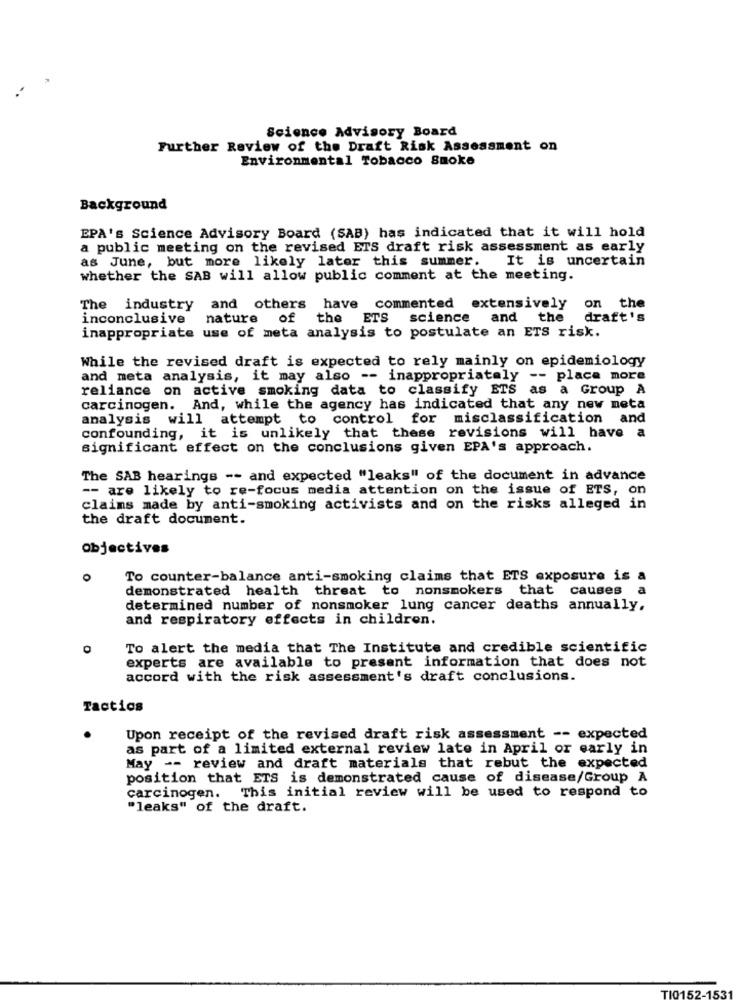
Science Advisory Board
Further Review of the Draft Risk Assessment on
Environmental Tobacco Smoke
Background
EPA's Science Advisory Board (SAB) has indicated that it will hold
a public meeting on the revised ETS draft risk assessment as early
as June, but more likely later this summer.
It is uncertain
whether the SAB will allow public comment at the meeting.
The industry
and others have
commented extensively
on the
inconclusive
nature
of the ETS science
and the
draft's
inappropriate use of meta analysis to postulate an ETS risk.
While the revised draft is expected to rely mainly on epidemiology
and meta analysis, it may also -- inappropriately -- placa more
reliance on active smoking data to classify ETS as a Group A
carcinogen. And, while the agency has indicated that any new neta
analysis will attempt to control for misclassification and
confounding, it is unlikely that these revisions will have a
significant effect on the conclusions given EPA's approach.
The SAB hearings -- and expected "leaks" of the document in advance
-- are likely to re-focus media attention on the issue of ETS, on
claims made by anti-smoking activists and on the risks alleged in
the draft document.
Objectives
To counter-balance anti-smoking claims that ETS exposure is a
demonstrated health threat to nonsmokers that causes a
determined number of nonsmoker lung cancer deaths annually.
and respiratory effects in children.
To alert the media that The Institute and credible scientific
experts are available to presant information that does not
accord with the risk assessment's draft conclusions.
Tactics
Upon receipt of the revised draft risk assessment -- expected
as part of a limited external review late in April or early in
May -- review and draft materials that rebut the expected
position that ETS is demonstrated cause of disease/Group A
carcinogen. This initial review will be used to respond to
"leaks" of the draft.
TIO1